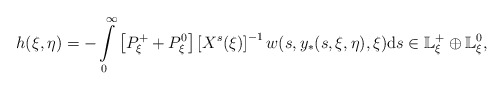
\begin{gather*}h(\xi,\eta)=-\intop_{0}^{\infty}\left[P_{\xi}^{+}+P_{\xi}^{0}\right]\left[X^{s}(\xi)\right]^{-1}w(s,y_{\ast}(s,\xi,\eta),\xi)\mathrm{d}s\in\mathbb{L}_{\xi}^{+}\oplus\mathbb{L}_{\xi}^{0},\end{gather*}